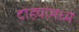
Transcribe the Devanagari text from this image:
दोह्यामध्ये